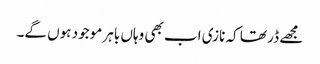
مجھے ڈر تھا کہ نازی اب بھی وہاں باہر موجود ہوں گے۔